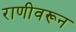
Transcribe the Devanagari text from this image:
राणीवरून